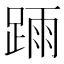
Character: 𨂎